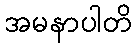
အမနာပါတိ